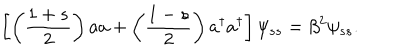
LaTeX: \left[ \left( \frac { 1 + s } { 2 } \right) a a + \left( \frac { 1 - s } { 2 } \right) a ^ { \dagger } a ^ { \dagger } \right] \psi _ { s s } = \beta ^ { 2 } \psi _ { s s } .